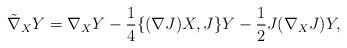
LaTeX: \begin{align*}\tilde{\nabla}_{X}Y= \nabla_{X}Y -\frac{1}{4}\{ (\nabla J)X, J\} Y -\frac{1}{2} J (\nabla_{X} J)Y,\end{align*}